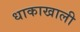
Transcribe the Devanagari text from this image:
धाकाखाली